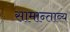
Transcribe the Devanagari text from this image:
सामान्ताव्य